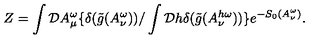
Z = \int { \cal D } A _ { \mu } ^ { \omega } \{ \delta ( \tilde { g } ( A _ { \nu } ^ { \omega } ) ) / \int { \cal D } h \delta ( \tilde { g } ( A _ { \nu } ^ { h \omega } ) ) \} e ^ { - S _ { 0 } ( A _ { \nu } ^ { \omega } ) } .